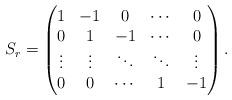
LaTeX: \begin{align*} S_r = \begin{pmatrix}1&-1&0&\cdots&0\\0&1&-1&\cdots&0\cr\vdots&\vdots&\ddots&\ddots&\vdots\\0&0&\cdots&1&-1\\\end{pmatrix}.\end{align*}